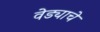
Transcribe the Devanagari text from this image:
वेड्याचे